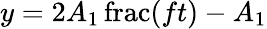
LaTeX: y=2A_{1}\operatorname{frac}(ft)-A_{1}